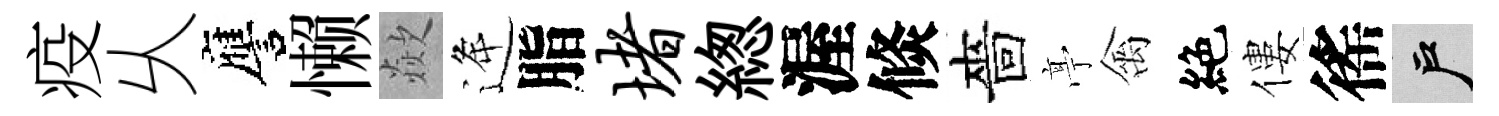
疫乆譍懒歘逄脂堵緫渥倐嗇𠅘禽絶僂徭户